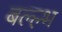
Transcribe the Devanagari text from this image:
बल्ल्भ